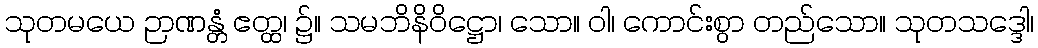
သုတမယေ ဉာဏန္တံ ဧတ္ထ၊ ၌။ သမဘိနိဝိဋ္ဌော၊ သော။ ဝါ၊ ကောင်းစွာ တည်သော။ သုတသဒ္ဒေါ၊